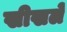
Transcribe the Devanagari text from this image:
खीखले